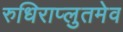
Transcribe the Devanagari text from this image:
रुधिराप्लुतमेव